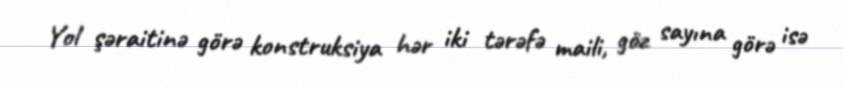
Yol şəraitinə görə konstruksiya hər iki tərəfə maili, göz sayına görə isə